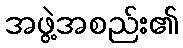
အဖွဲ့အစည်း၏